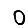
Digit: 0